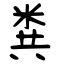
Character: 粪